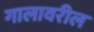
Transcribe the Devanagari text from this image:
गालावरील